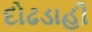
દોઢડાહી